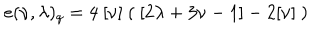
LaTeX: e ( \nu , \lambda ) _ { q } = 4 \ [ \nu ] \ ( \ [ 2 \lambda + 3 \nu - 1 ] - 2 [ \nu ] \ )